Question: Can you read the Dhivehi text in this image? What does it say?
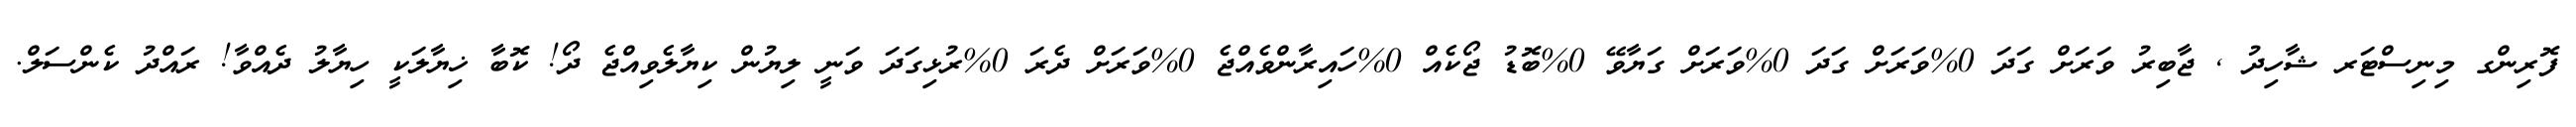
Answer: ފޮރިންގ މިނިސްޓަރ ޝާހިދު , ޖާބިރު ވަރަށް ގަދަ 0%ވަރަށް ގަދަ 0%ވަރަށް ގަޔާވޭ 0%ބޮޑު ޖޯކެއް 0%ހައިރާންވެއްޖެ 0%ވަރަށް ދެރަ 0%ރުޅިގަދަ ވަނީ ލިޔުން ކިޔާލެވިއްޖެ ދޯ! ކޮބާ ޚިޔާލަކީ ހިޔާލު ދެއްވާ! ރައްދު ކެންސަލް.